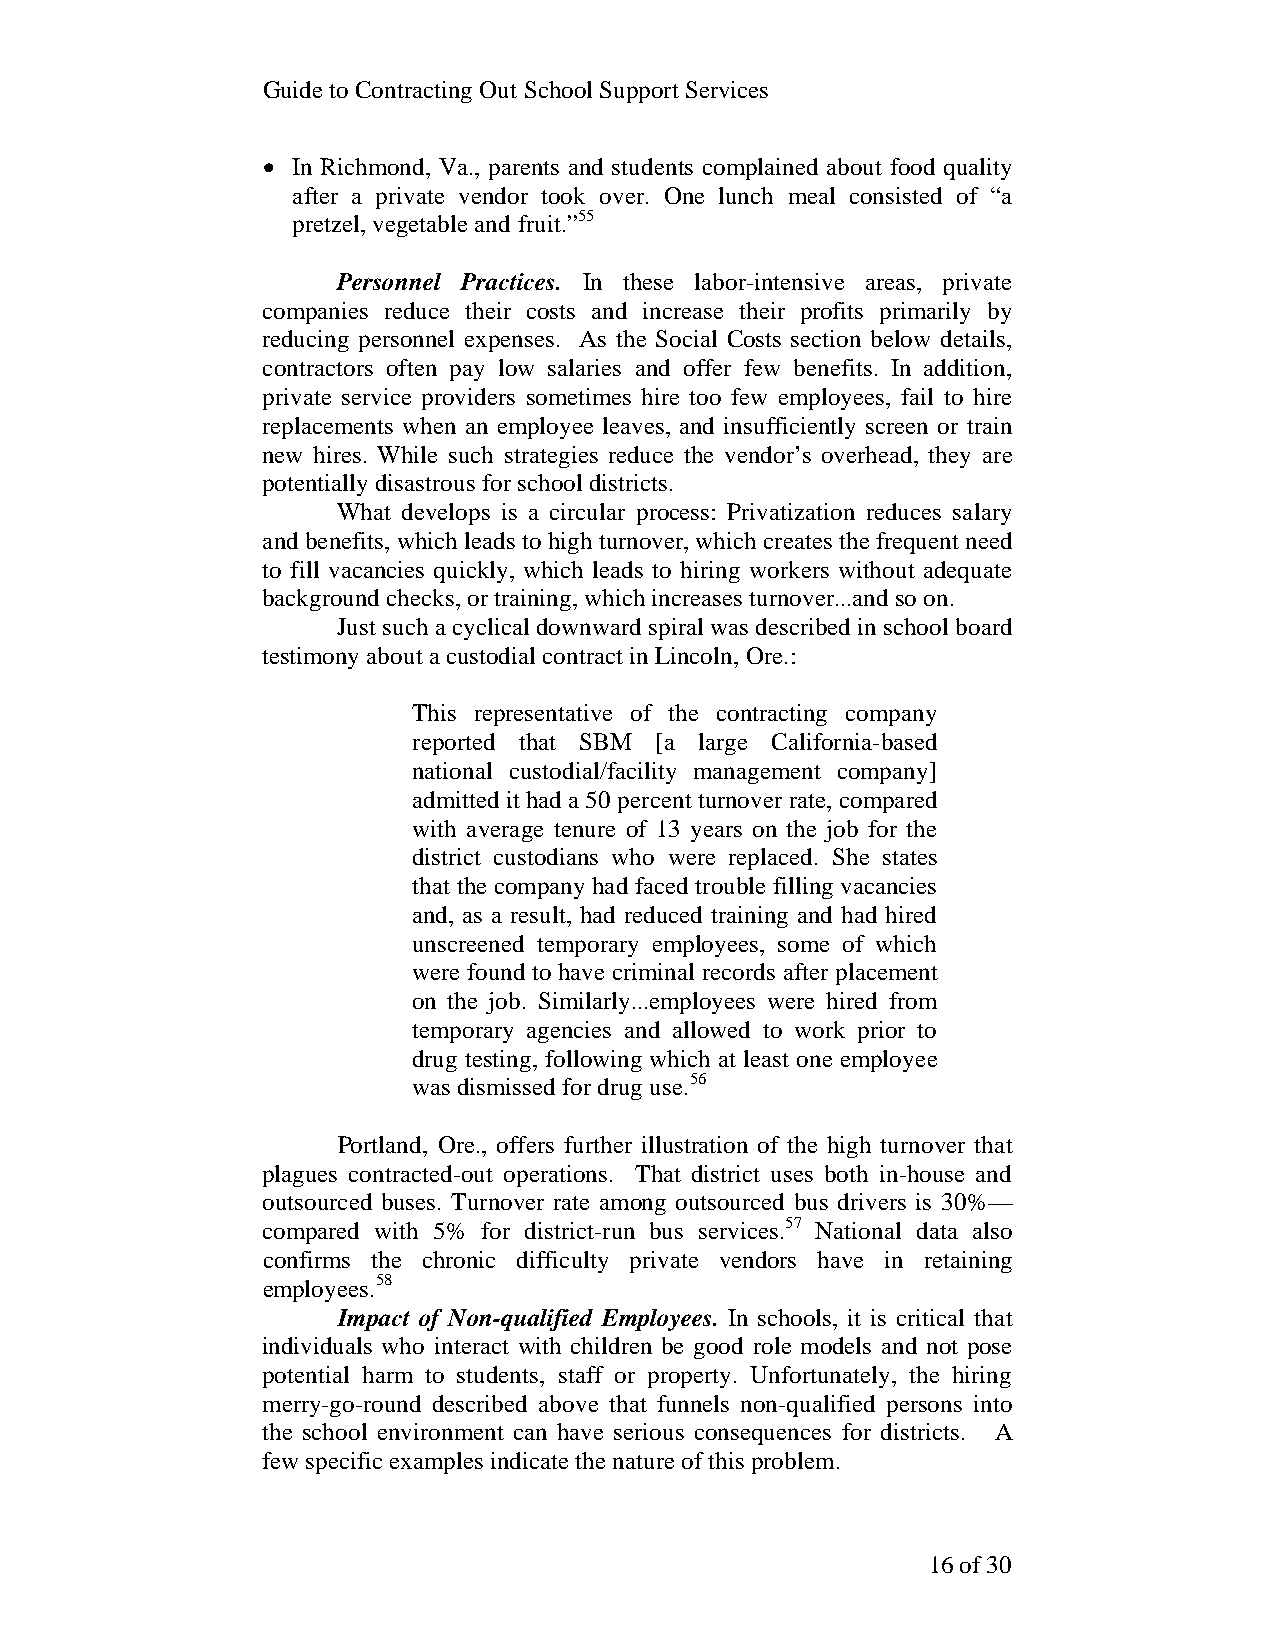
Guide to Contracting Out School Support Services
 • In Richmond, Va., parents and students complained about food quality
 after a private vendor took over. One lunch meal consisted of “a
 pretzel, vegetable and fruit.”55
 Personnel Practices. In these labor-intensive areas, private
 companies reduce their costs and increase their profits primarily by
 reducing personnel expenses. As the Social Costs section below details,
 contractors often pay low salaries and offer few benefits. In addition,
 private service providers sometimes hire too few employees, fail to hire
 replacements when an employee leaves, and insufficiently screen or train
 new hires. While such strategies reduce the vendor’s overhead, they are
 potentially disastrous for school districts.
 What develops is a circular process: Privatization reduces salary
 and benefits, which leads to high turnover, which creates the frequent need
 to fill vacancies quickly, which leads to hiring workers without adequate
 background checks, or training, which increases turnover...and so on.
 Just such a cyclical downward spiral was described in school board
 testimony about a custodial contract in Lincoln, Ore.:
 This representative of the contracting company
 reported that SBM [a large California-based
 national custodial/facility management company]
 admitted it had a 50 percent turnover rate, compared
 with average tenure of 13 years on the job for the
 district custodians who were replaced. She states
 that the company had faced trouble filling vacancies
 and, as a result, had reduced training and had hired
 unscreened temporary employees, some of which
 were found to have criminal records after placement
 on the job. Similarly...employees were hired from
 temporary agencies and allowed to work prior to
 drug testing, following which at least one employee
 was dismissed for drug use.56
 Portland, Ore., offers further illustration of the high turnover that
 plagues contracted-out operations. That district uses both in-house and
 outsourced buses. Turnover rate among outsourced bus drivers is 30%—
 compared with 5% for district-run bus services.57 National data also
 confirms the chronic difficulty private vendors have in retaining
 employees.58
 Impact of Non-qualified Employees. In schools, it is critical that
 individuals who interact with children be good role models and not pose
 potential harm to students, staff or property. Unfortunately, the hiring
 merry-go-round described above that funnels non-qualified persons into
 the school environment can have serious consequences for districts. A
 few specific examples indicate the nature of this problem.
 16 of 30